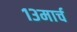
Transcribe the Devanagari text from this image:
१३मार्च